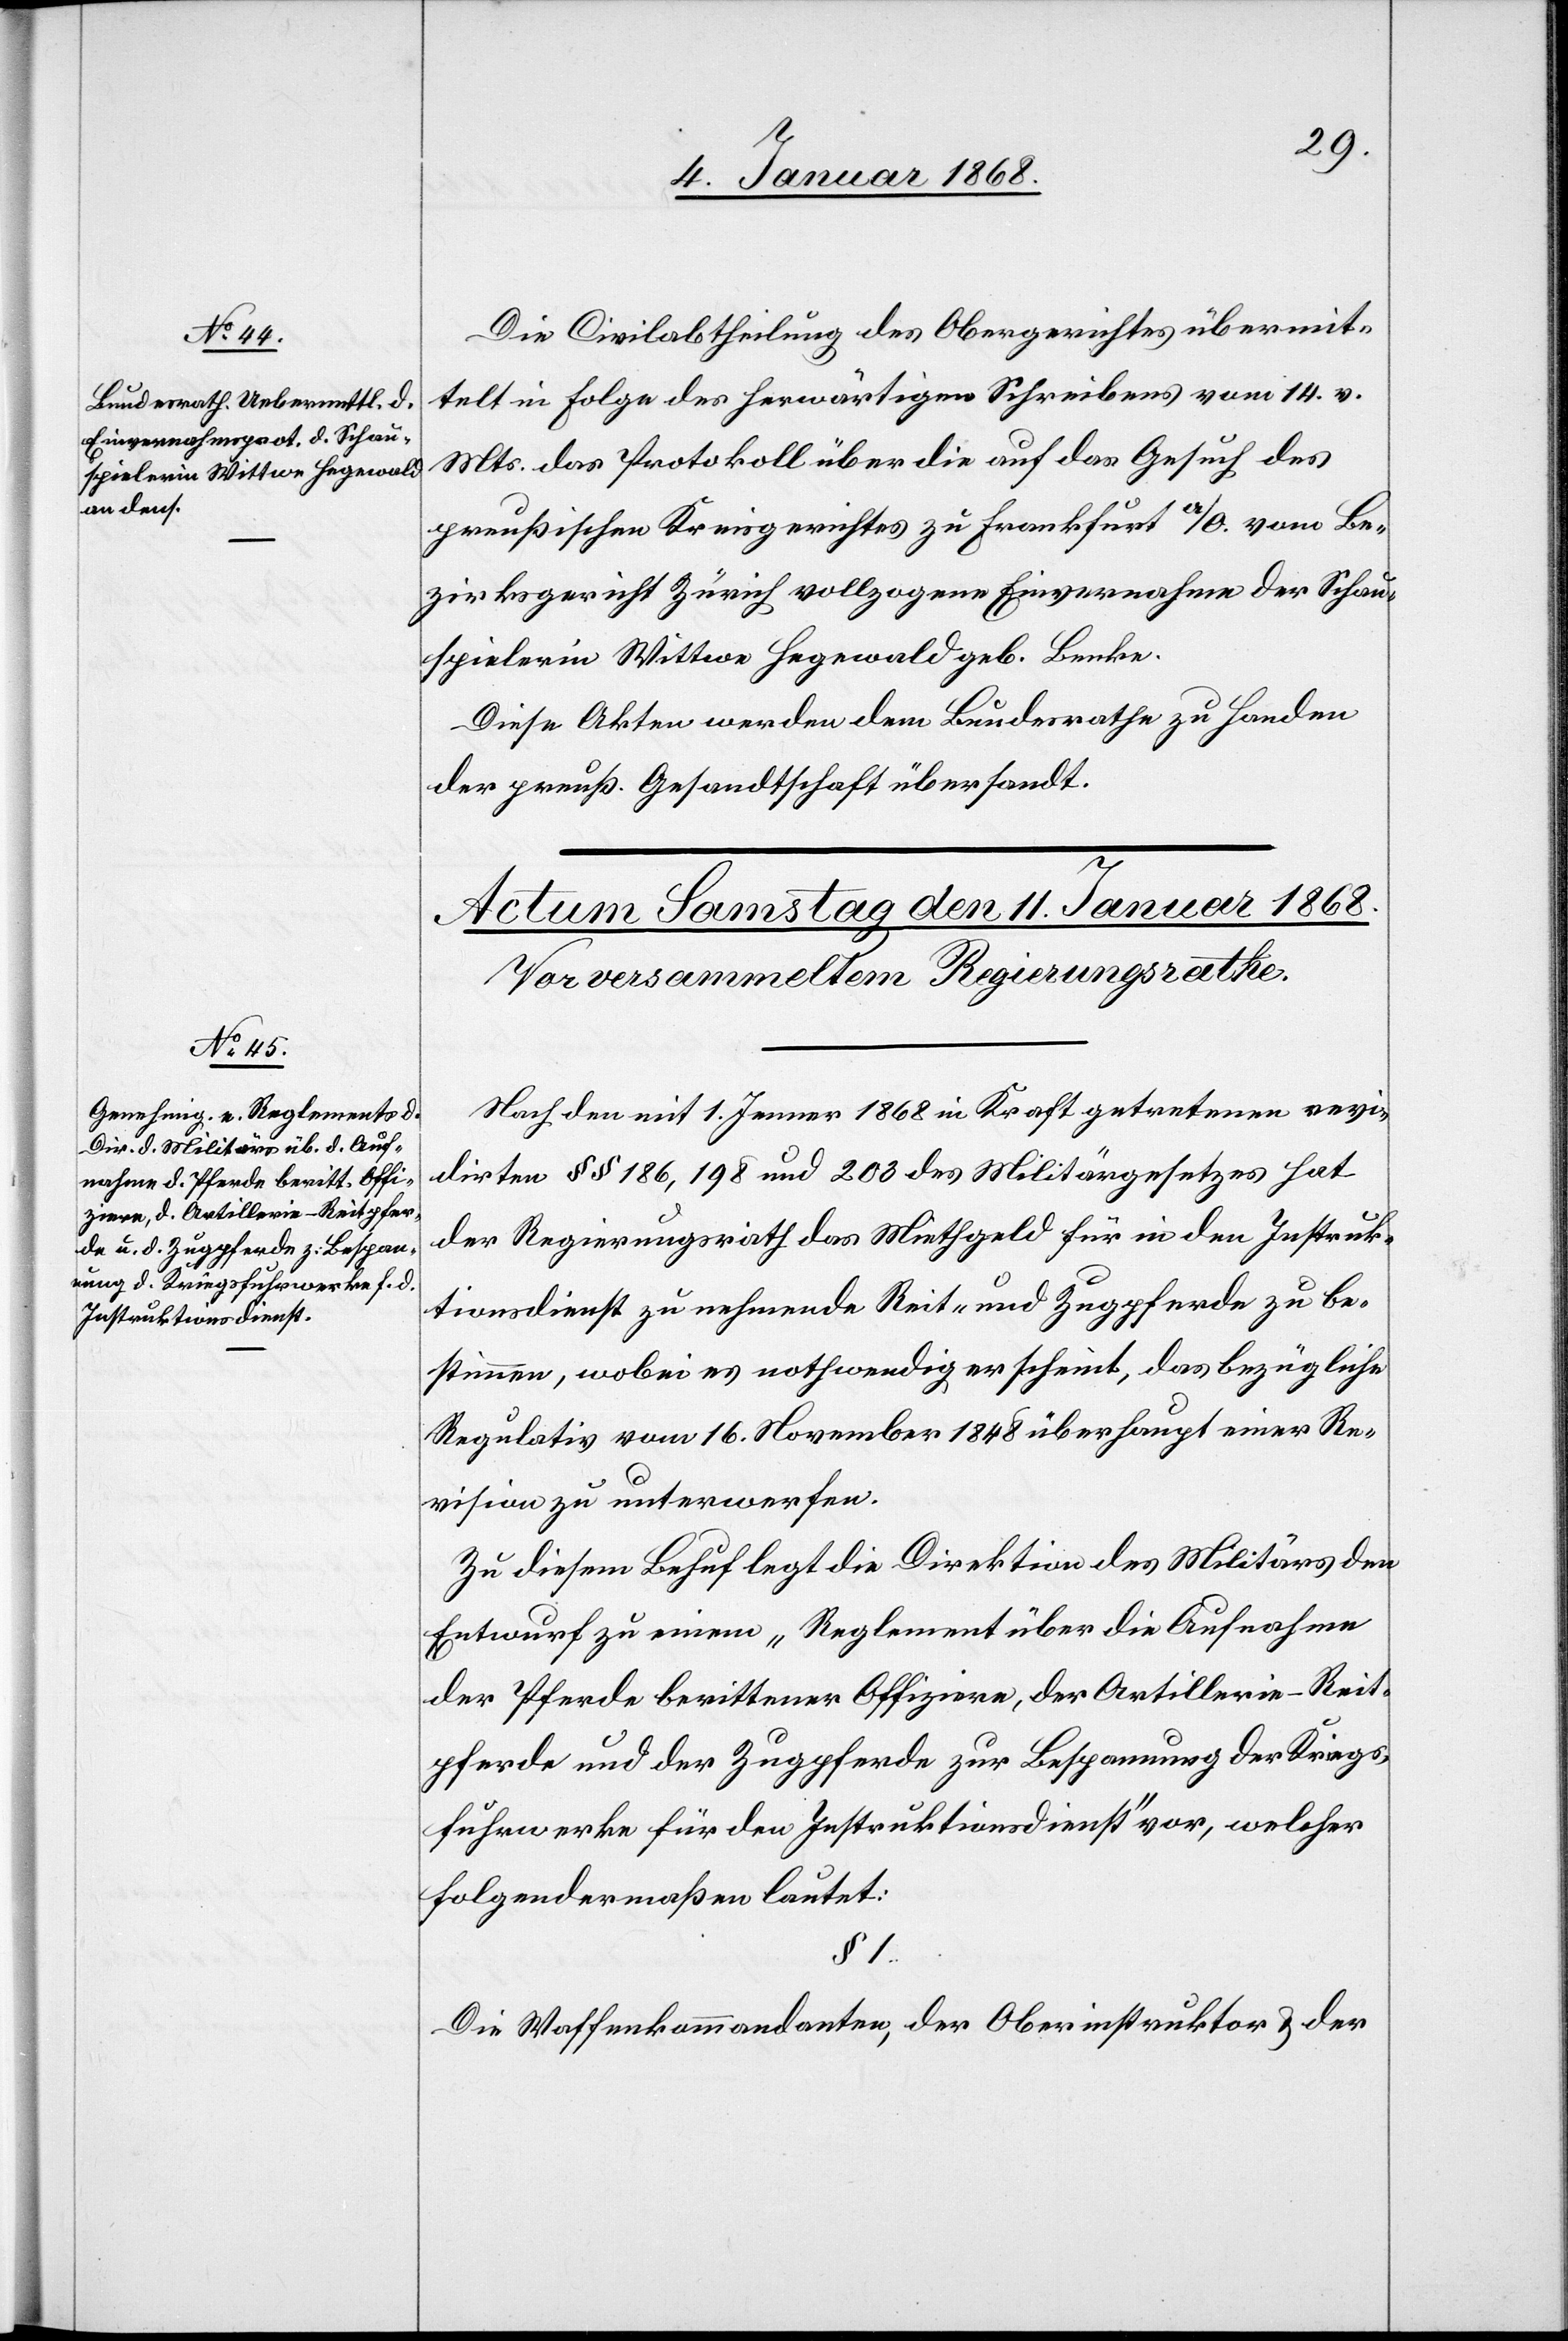
9. Januar 1868.]
Die Civilabtheilung des Obergerichtes übermit¬
telt in Folge des herwärtigen Schreibens vom 14. v.
Mts. das Protokoll über die auf das Gesuch des
preußischen Kreisgerichtes zu Frankfurt a/O. vom Be¬
zirksgericht Zürich vollzogene Einvernahme der Schau¬
spielerin Wittwe Hegewald geb. Benke.
Diese Akten werden dem Bundesrathe zu Handen
der preuß. Gesandtschaft übersandt.
Nach den mit 1. Jenner 1868 in Kraft getretenen revi¬
dirten §§ 186, 198 und 203 des Militärgesetzes hat
der Regierungsrath das Miethgeld für in den Instruk¬
tionsdienst zu nehmende Reit- und Zugpferde zu be¬
stimmen, wobei es nothwendig erscheint, das bezügliche
Regulativ vom 16. November 1848 überhaupt einer Re¬
vision zu unterwerfen.
Zu diesem Behuf legt die Direktion des Militärs den
Entwurf zu einem „Reglement über die Aufnahme
der Pferde berittener Offiziere, der Artillerie-Reit¬
pferde und der Zugpferde zur Bespannung der Kriegs¬
fuhrwerke für den Instruktionsdienst“ vor, welcher
folgendermaßen lautet:
§ 1.
Die Waffenkommandanten, der Oberinstruktor & der